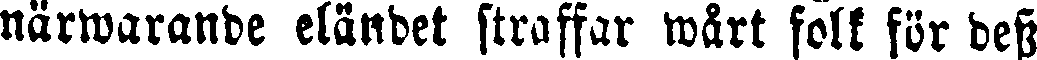
närwarande eländet straffar wårt folk för dess